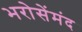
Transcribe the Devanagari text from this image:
भरोसेंमंद